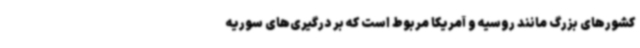
کشورهای بزرگ مانند روسیه و آمریکا مربوط است که بر درگیری‌های سوریه